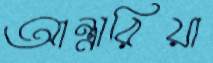
আন্ধারিয়া